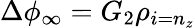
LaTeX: \Delta\phi_{\infty}=G_{2}\rho_{i=n_{z}}